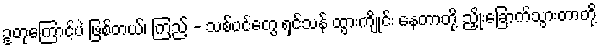
ဥတုကြောင့်ပဲ ဖြစ်တယ်၊ ကြည့် - သစ်ပင်တွေ ရှင်သန် ထွားကျိုင်း နေတာတို့ ညှိုးခြောက်သွားတာတို့